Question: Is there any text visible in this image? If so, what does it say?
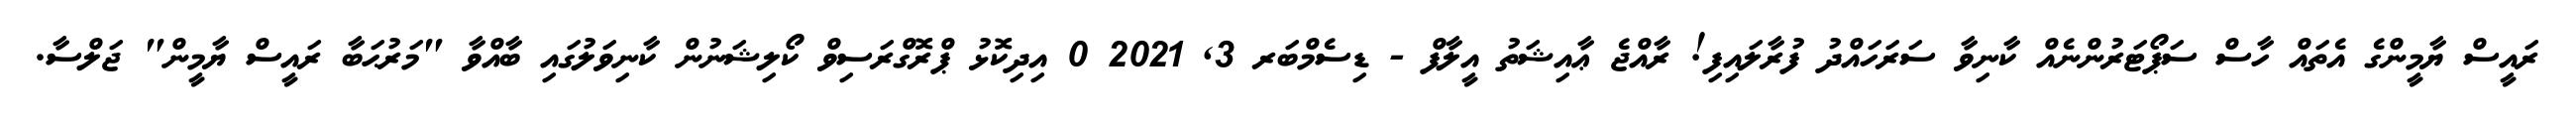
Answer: ރައީސް ޔާމީންގެ އެތައް ހާސް ސަޕޯޓަރުންނެއް ކާނިވާ ސަރަހައްދު ފުރާލައިފި! ރާއްޖެ ޢާއިޝަތު އީލާފް - ޑިސެމްބަރ 3, 2021 0 އިދިކޮޅު ޕްރޮގްރަސިވް ކޯލިޝަނުން ކާނިވަލުގައި ބާއްވާ "މަރުޙަބާ ރައީސް ޔާމީން" ޖަލްސާ.